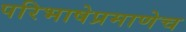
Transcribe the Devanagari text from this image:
परिभाषेप्रमाणेच